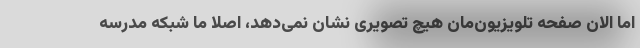
اما الان صفحه تلویزیون‌مان هیچ تصویری نشان نمی‌دهد، اصلا ما شبکه مدرسه